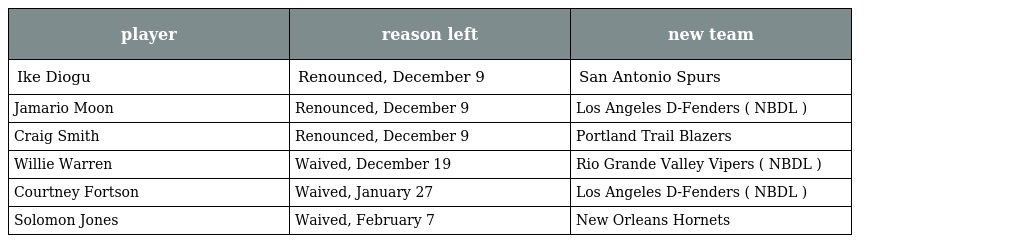
| player | reason left | new team |
 | --- | --- | --- |
 | Ike Diogu | Renounced, December 9 | San Antonio Spurs |
 | Jamario Moon | Renounced, December 9 | Los Angeles D-Fenders ( NBDL ) |
 | Craig Smith | Renounced, December 9 | Portland Trail Blazers |
 | Willie Warren | Waived, December 19 | Rio Grande Valley Vipers ( NBDL ) |
 | Courtney Fortson | Waived, January 27 | Los Angeles D-Fenders ( NBDL ) |
 | Solomon Jones | Waived, February 7 | New Orleans Hornets |